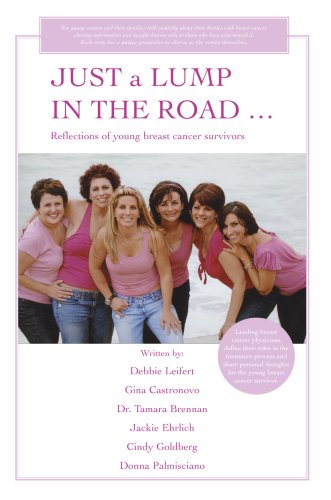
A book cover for JUST a LUMP IN THE ROAD ...: Reflections of young breast cancer survivors; Debbie Leifert; Health, Fitness & Dieting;